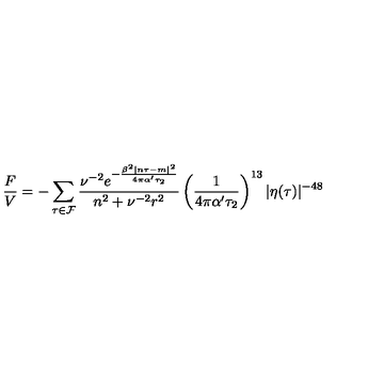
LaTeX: \frac { F } { V } = - \sum _ { \tau \in { \cal F } } \frac { \nu ^ { - 2 } e ^ { - \frac { \beta ^ { 2 } | n \tau - m | ^ { 2 } } { 4 \pi \alpha ^ { \prime } \tau _ { 2 } } } } { n ^ { 2 } + \nu ^ { - 2 } r ^ { 2 } } \left( \frac { 1 } { 4 \pi \alpha ^ { \prime } \tau _ { 2 } } \right) ^ { 1 3 } \vert \eta ( \tau ) \vert ^ { - 4 8 }